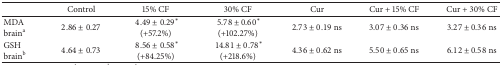
<table><thead><tr><td><b> </b></td><td><b>Control</b></td><td><b>15% CF</b></td><td><b>30% CF</b></td><td><b>Cur</b></td><td><b>Cur + 15% CF</b></td><td><b>Cur + 30% CF</b></td></tr></thead><tbody><tr><td>MDAbrain<sup>a</sup></td><td>2.86 ± 0.27</td><td>4.49 ± 0.29<sup><i>∗</i></sup> (+57.2%)</td><td>5.78 ± 0.60<sup><i>∗</i></sup> (+102.27%)</td><td>2.73 ± 0.19 ns</td><td>3.07 ± 0.36 ns</td><td>3.27 ± 0.36 ns</td></tr><tr><td>GSHbrain<sup>b</sup></td><td>4.64 ± 0.73</td><td>8.56 ± 0.58<sup><i>∗</i></sup> (+84.25%)</td><td>14.81 ± 0.78<sup><i>∗</i></sup> (+218.6%)</td><td>4.36 ± 0.62 ns</td><td>5.50 ± 0.65 ns</td><td>6.12 ± 0.58 ns</td></tr></tbody></table>